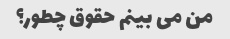
من می بینم حقوق چطور؟